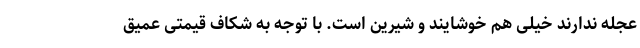
عجله ندارند خیلی هم خوشایند و شیرین است. با توجه به شکاف قیمتی عمیق